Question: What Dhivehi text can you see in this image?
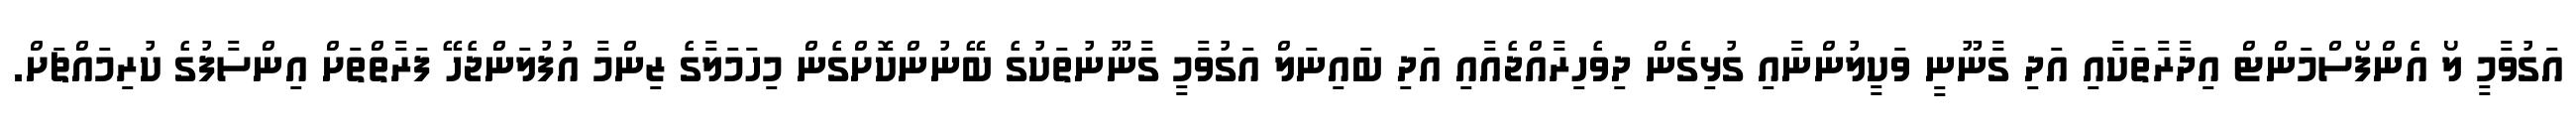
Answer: އަގުވާމީ ލޯ އެންފޯސްމަންޓް އިދާރާތަކާއި އަދި ގާނޫނީ ވަކީލުންނާއި ގުޅިގެން ދިވެހިރާއްޖެއާއި އަދި ބައިނަލް އަގުވާމީ ގާނޫނުތަކުގެ ބޭނުންކޮށްގެން މިހަމަލާގެ ޒިންމާ އުފުލަންޖެހޭ ފަރާތްތަށް އިންސާފުގެ ކުރިމައްޗަށް.